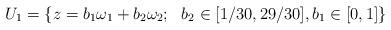
LaTeX: \begin{align*}U_1= \{z =b_1\omega_1+b_2 \omega_2;~~ b_2 \in [1/30,29/30] ,b_1\in [0,1] \}\end{align*}